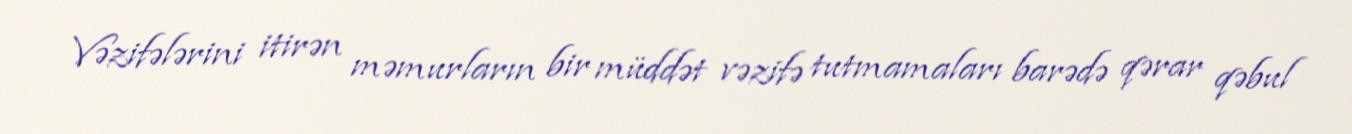
Vəzifələrini itirən məmurların bir müddət vəzifə tutmamaları barədə qərar qəbul